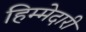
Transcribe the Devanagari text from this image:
हिम्मेदारी